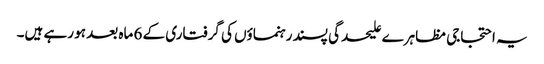
یہ احتجاجی مظاہرے علیحدگی پسند رہنماؤں کی گرفتاری کے 6 ماہ بعد ہو رہے ہیں۔